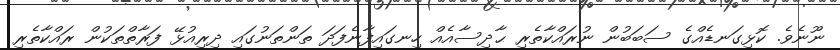
ނޫނެވެ. ކޮޅިގަނޑެއްގެ ސަބަބުން ނުރައްކާތެރި ޙާދިސާއެއް ހިނގައިފާނެފަދަ ތަންތަނުގައި ދިރިއުޅޭ ފަރާތްތަކުން ރައްކާތެރި